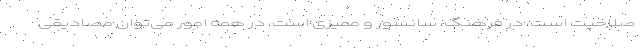
صلاحیت است، در فرهنگ، سانسور و ممیزی است، در همه امور می‌توان مصادیقی